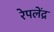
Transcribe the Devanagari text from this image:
रेपलेंद्र